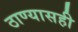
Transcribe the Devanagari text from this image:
ठाण्यासही